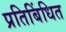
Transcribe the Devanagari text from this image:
प्रतिबिंधित